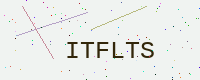
Text: ITFLTS